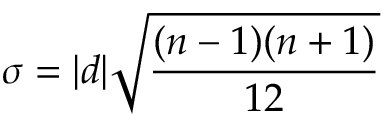
\sigma = | d | { \sqrt { \frac { ( n - 1 ) ( n + 1 ) } { 1 2 } } }